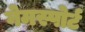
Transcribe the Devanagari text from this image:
गेमस्पोर्ट